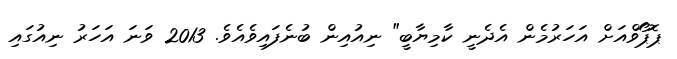
ޕޮޕޯވްއަށް އަހަރުމެން އެދެނީ ކާމިޔާބީ" ނިއުއިން ބުނެފައިވެއެވެ. 2013 ވަނަ އަހަރު ނިއުގައި